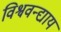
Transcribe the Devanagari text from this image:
विश्ववन्द्याय